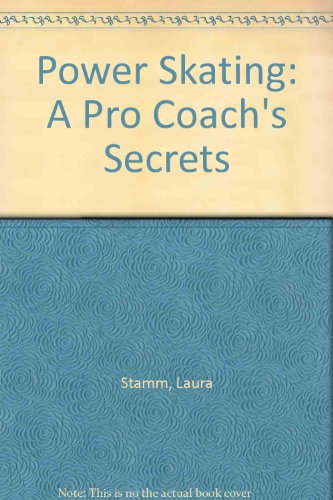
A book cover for Power Skating: A Pro Coach's Secrets; Laura Stamm; Sports & Outdoors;